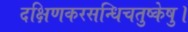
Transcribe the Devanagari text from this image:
दक्षिणकरसन्धिचतुष्केषु।